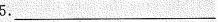
5.___